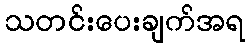
သတင်းပေးချက်အရ